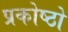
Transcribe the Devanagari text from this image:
प्रकोष्ठो